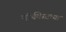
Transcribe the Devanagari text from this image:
नॉर्थवेस्टच्या